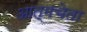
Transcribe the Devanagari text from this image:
आत्मचेता